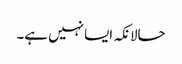
حالانکہ ایسا نہیں ہے۔